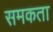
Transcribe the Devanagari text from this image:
समकता